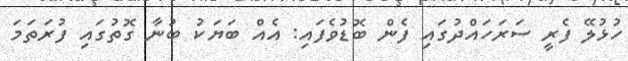
ހުޅުލޭ ފެރީ ސަރަހައްދުގައި ފެން ބޮޑުވެފައި: އެއް ބަޔަކު ބުނާ ގޮތުގައި ފުރަތަމަ